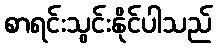
စာရင်းသွင်းနိုင်ပါသည်